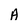
Character: A